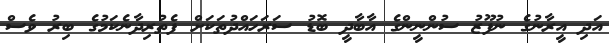
އަދި އީރާނުގެ ނުފޫޒު ސުންނީންގެ އާބާދީ ބޮޑު ސަރަހައްދުތަކަށް ފެތުރިދާނެކަމުގެ ބިރު ވެސް